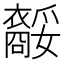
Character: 𧞥